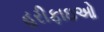
હરીફાઇઓ